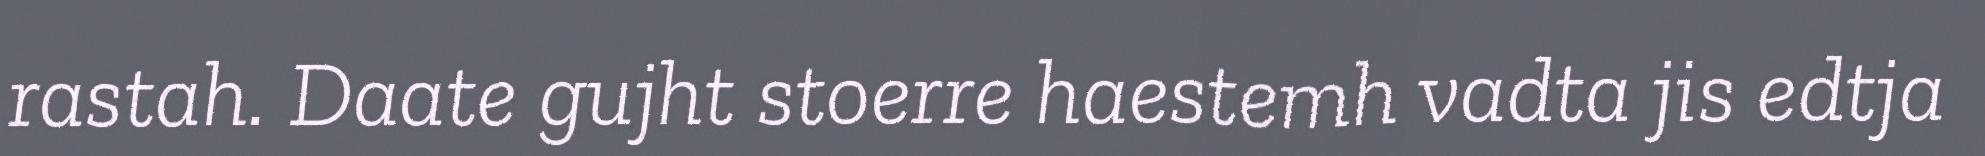
rastah. Daate gujht stoerre haestemh vadta jis edtja